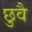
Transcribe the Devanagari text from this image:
छुवै